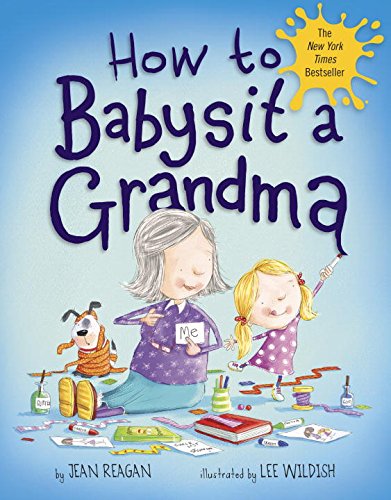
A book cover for How to Babysit a Grandma; Jean Reagan; Children's Books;